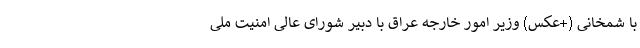
با شمخانی (+عکس) وزیر امور خارجه عراق با دبیر شورای عالی امنیت ملی